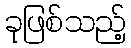
ခုဖြစ်သည့်